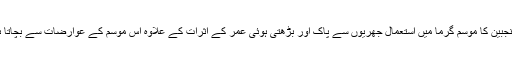
سکنجبین کا موسم گرما میں استعمال جھریوں سے پاک اور بڑھتی ہوئی عمر کے اثرات کے علاوہ اس موسم کے عوارضات سے بچاتا ہے۔